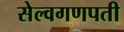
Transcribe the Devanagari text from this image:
सेल्वगणपती